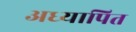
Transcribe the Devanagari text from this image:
अध्यापित